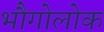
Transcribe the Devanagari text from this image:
भौगोलोक